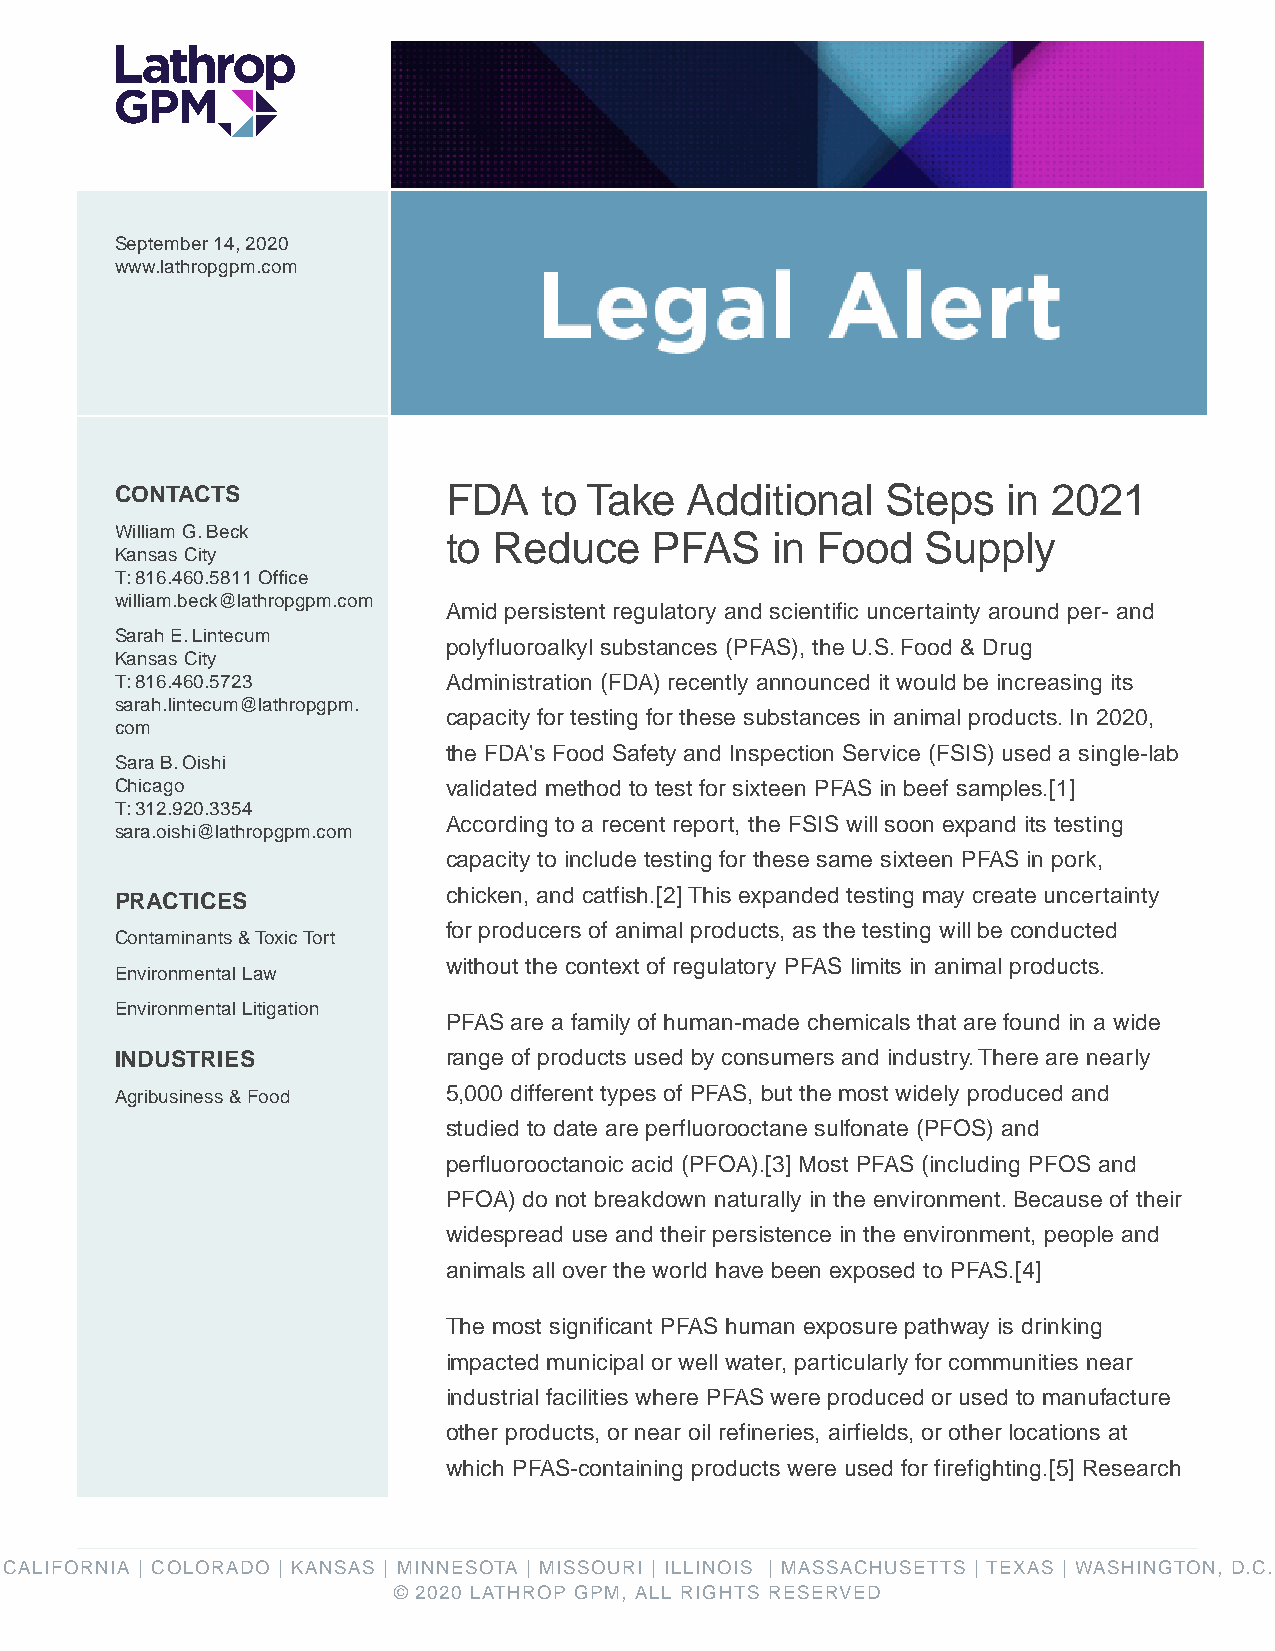
September 14, 2020
 www.lathropgpm.com
 CONTACTS              FDA   to Take   Additional   Steps   in 2021
 William G. Beck       to Reduce    PFAS    in Food   Supply
 Kansas City
 T: 816.460.5811 Office
 william.beck@lathropgpm.com
 Amid persistent regulatory and scientific uncertainty around per- and
 Sarah E. Lintecum
 polyfluoroalkyl substances (PFAS), the U.S. Food & Drug
 Kansas City
 T: 816.460.5723       Administration (FDA) recently announced it would be increasing its
 sarah.lintecum@lathropgpm.
 capacity for testing for these substances in animal products. In 2020,
 com
 the FDA's Food Safety and Inspection Service (FSIS) used a single-lab
 Sara B. Oishi
 Chicago               validated method to test for sixteen PFAS in beef samples.[1]
 T: 312.920.3354
 According to a recent report, the FSIS will soon expand its testing
 sara.oishi@lathropgpm.com
 capacity to include testing for these same sixteen PFAS in pork,
 PRACTICES             chicken, and catfish.[2] This expanded testing may create uncertainty
 for producers of animal products, as the testing will be conducted
 Contaminants & Toxic Tort
 without the context of regulatory PFAS limits in animal products.
 Environmental Law
 Environmental Litigation
 PFAS are a family of human-made chemicals that are found in a wide
 INDUSTRIES            range of products used by consumers and industry. There are nearly
 Agribusiness & Food   5,000 different types of PFAS, but the most widely produced and
 studied to date are perfluorooctane sulfonate (PFOS) and
 perfluorooctanoic acid (PFOA).[3] Most PFAS (including PFOS and
 PFOA) do not breakdown naturally in the environment. Because of their
 widespread use and their persistence in the environment, people and
 animals all over the world have been exposed to PFAS.[4]
 The most significant PFAS human exposure pathway is drinking
 impacted municipal or well water, particularly for communities near
 industrial facilities where PFAS were produced or used to manufacture
 other products, or near oil refineries, airfields, or other locations at
 which PFAS-containing products were used for firefighting.[5] Research
 CALIFORNIA | COLORADO | KANSAS | MINNESOTA | MISSOURI | ILLINOIS | MASSACHUSETTS | TEXAS | WASHINGTON, D.C.
 © 2020 LATHROP GPM, ALL RIGHTS RESERVED